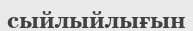
сыйлыйлығын